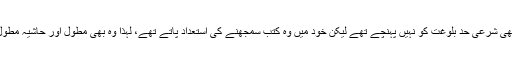
جامی اگرچہ ابھی شرعی حدِ بلوغت کو نہیں پہنچے تھے لیکن خود میں وہ کتب سمجھنے کی اِستعداد پاتے تھے، لہٰذا وہ بھی مطول اور حاشیہ مطول پڑھنے لگے۔